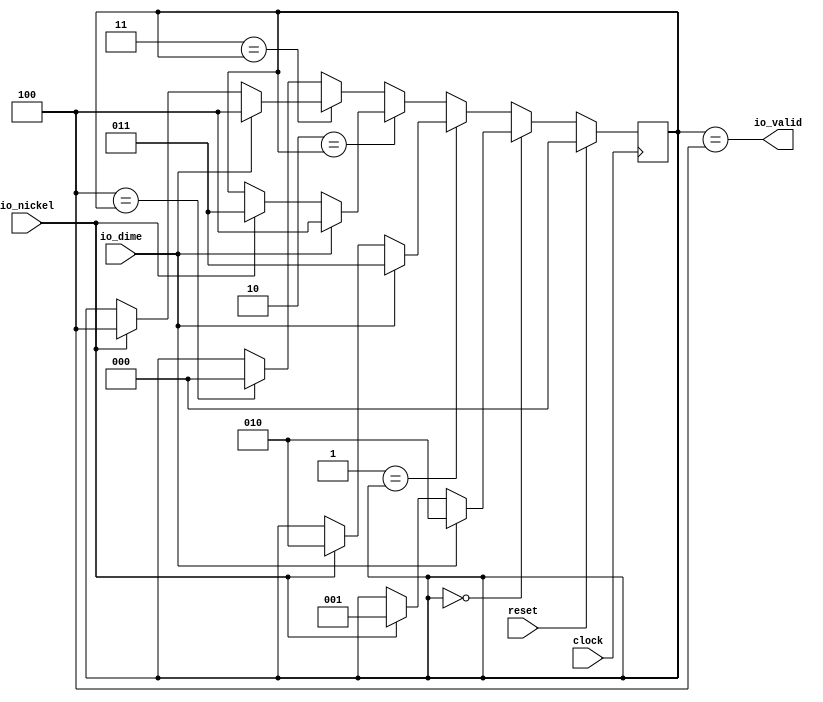
module VendingMachineSwitch(
  input   clock,
  input   reset,
  input   io_nickel,
  input   io_dime,
  output  io_valid
);
`ifdef RANDOMIZE_REG_INIT
  reg [31:0] _RAND_0;
`endif // RANDOMIZE_REG_INIT
  reg [2:0] state; // @[VendingMachineSwitch.scala 23:22]
  wire  _T_12 = 3'h0 == state; // @[Conditional.scala 37:30]
  wire  _T_13 = 3'h1 == state; // @[Conditional.scala 37:30]
  wire [2:0] _GEN_2 = io_nickel ? 3'h2 : state; // @[VendingMachineSwitch.scala 31:24 VendingMachineSwitch.scala 31:32 VendingMachineSwitch.scala 23:22]
  wire  _T_14 = 3'h2 == state; // @[Conditional.scala 37:30]
  wire [2:0] _GEN_4 = io_nickel ? 3'h3 : state; // @[VendingMachineSwitch.scala 35:24 VendingMachineSwitch.scala 35:32 VendingMachineSwitch.scala 23:22]
  wire [2:0] _GEN_5 = io_dime ? 3'h4 : _GEN_4; // @[VendingMachineSwitch.scala 36:22 VendingMachineSwitch.scala 36:30]
  wire  _T_15 = 3'h3 == state; // @[Conditional.scala 37:30]
  wire [2:0] _GEN_6 = io_nickel ? 3'h4 : state; // @[VendingMachineSwitch.scala 39:24 VendingMachineSwitch.scala 39:32 VendingMachineSwitch.scala 23:22]
  wire [2:0] _GEN_7 = io_dime ? 3'h4 : _GEN_6; // @[VendingMachineSwitch.scala 40:22 VendingMachineSwitch.scala 40:30]
  wire  _T_16 = 3'h4 == state; // @[Conditional.scala 37:30]
  wire [2:0] _GEN_8 = _T_16 ? 3'h0 : state; // @[Conditional.scala 39:67 VendingMachineSwitch.scala 43:13 VendingMachineSwitch.scala 23:22]
  wire [2:0] _GEN_9 = _T_15 ? _GEN_7 : _GEN_8; // @[Conditional.scala 39:67]
  assign io_valid = state == 3'h4; // @[VendingMachineSwitch.scala 46:22]
  always @(posedge clock) begin
    if (reset) begin // @[VendingMachineSwitch.scala 23:22]
      state <= 3'h0; // @[VendingMachineSwitch.scala 23:22]
    end else if (_T_12) begin // @[Conditional.scala 40:58]
      if (io_dime) begin // @[VendingMachineSwitch.scala 28:22]
        state <= 3'h2; // @[VendingMachineSwitch.scala 28:30]
      end else if (io_nickel) begin // @[VendingMachineSwitch.scala 27:24]
        state <= 3'h1; // @[VendingMachineSwitch.scala 27:32]
      end
    end else if (_T_13) begin // @[Conditional.scala 39:67]
      if (io_dime) begin // @[VendingMachineSwitch.scala 32:22]
        state <= 3'h3; // @[VendingMachineSwitch.scala 32:30]
      end else begin
        state <= _GEN_2;
      end
    end else if (_T_14) begin // @[Conditional.scala 39:67]
      state <= _GEN_5;
    end else begin
      state <= _GEN_9;
    end
  end
// Register and memory initialization
`ifdef RANDOMIZE_GARBAGE_ASSIGN
`define RANDOMIZE
`endif
`ifdef RANDOMIZE_INVALID_ASSIGN
`define RANDOMIZE
`endif
`ifdef RANDOMIZE_REG_INIT
`define RANDOMIZE
`endif
`ifdef RANDOMIZE_MEM_INIT
`define RANDOMIZE
`endif
`ifndef RANDOM
`define RANDOM $random
`endif
`ifdef RANDOMIZE_MEM_INIT
  integer initvar;
`endif
`ifndef SYNTHESIS
`ifdef FIRRTL_BEFORE_INITIAL
`FIRRTL_BEFORE_INITIAL
`endif
initial begin
  `ifdef RANDOMIZE
    `ifdef INIT_RANDOM
      `INIT_RANDOM
    `endif
    `ifndef VERILATOR
      `ifdef RANDOMIZE_DELAY
        #`RANDOMIZE_DELAY begin end
      `else
        #0.002 begin end
      `endif
    `endif
`ifdef RANDOMIZE_REG_INIT
  _RAND_0 = {1{`RANDOM}};
  state = _RAND_0[2:0];
`endif // RANDOMIZE_REG_INIT
  `endif // RANDOMIZE
end // initial
`ifdef FIRRTL_AFTER_INITIAL
`FIRRTL_AFTER_INITIAL
`endif
`endif // SYNTHESIS
endmodule